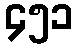
၄၅၁